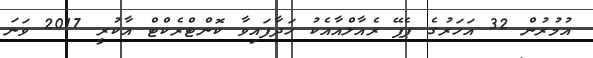
އުމުރުން 32 އަހަރުގެ ޕެޕޭ ރެއާލްއާއެކު ހަދާފައިވާ ކޮންޓްރެކްޓް އާކުރީ 2017 ވަނަ